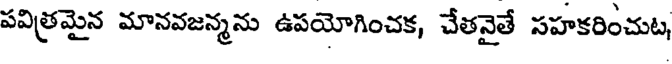
పవిత్రమైన మానవజన్మను ఉపయోగించక, చేతనైతే సహకరించుట,